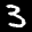
Label: 3